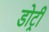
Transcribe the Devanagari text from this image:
डोट्री